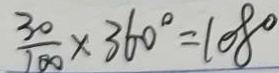
\frac { 3 0 } { 1 0 0 } \times 3 6 0 ^ { \circ } = 1 0 8 ^ { \circ }